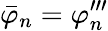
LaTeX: \bar{\varphi}_{n}=\varphi_{n}^{\prime\prime\prime}